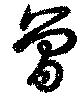
曾